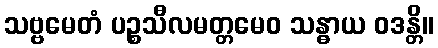
သဗ္ဗမေတံ ပဉ္စသီလမတ္တမေဝ သန္ဓာယ ဝဒန္တိ။